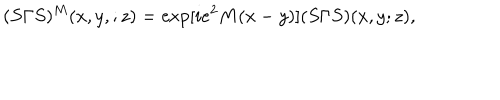
LaTeX: ( S \Gamma S ) ^ { M } ( x , y , ; z ) = \exp [ i e ^ { 2 } M ( x - y ) ] ( S \Gamma S ) ( x , y ; z ) ,